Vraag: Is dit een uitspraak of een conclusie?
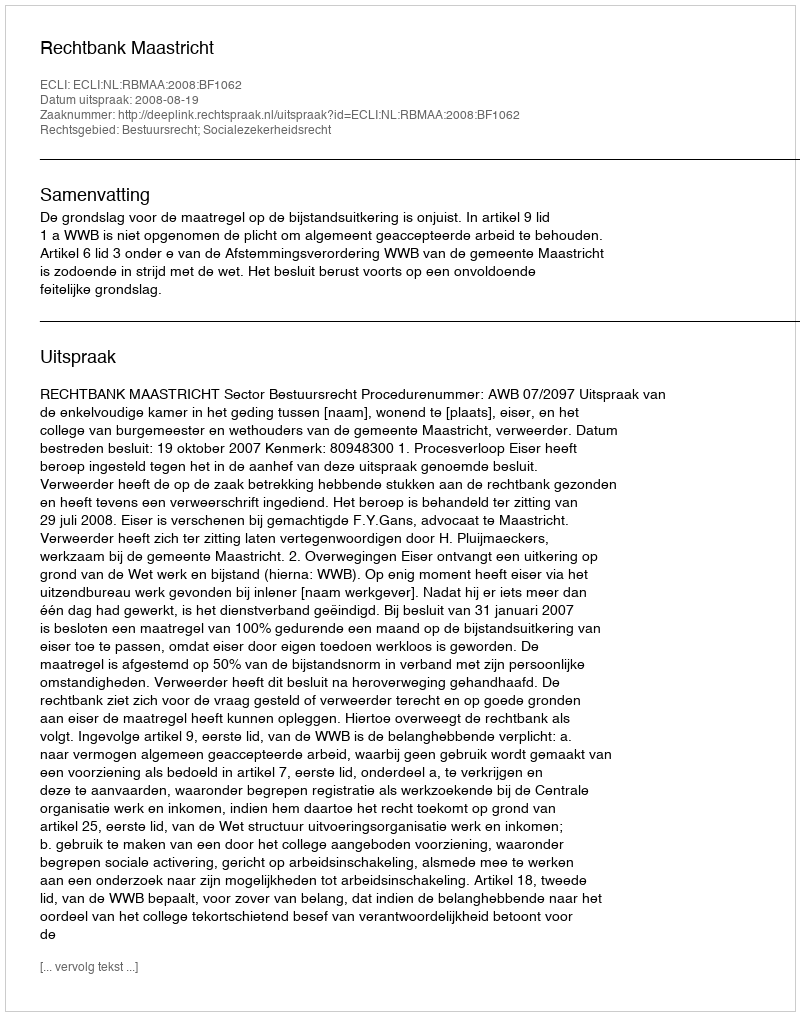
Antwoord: Uitspraak